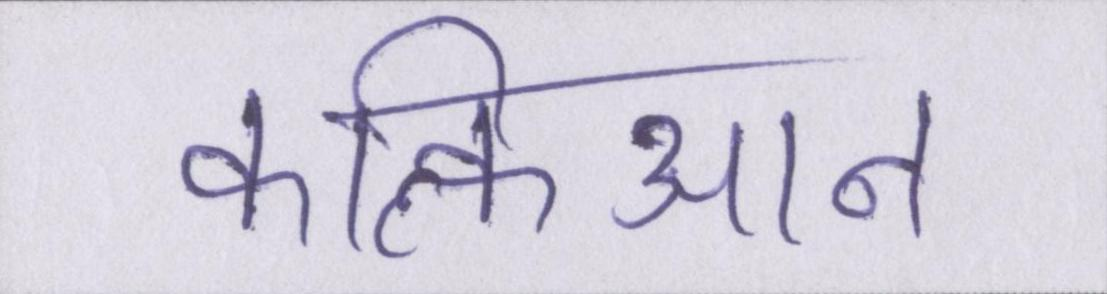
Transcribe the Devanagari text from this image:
कल्किआन